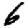
Digit: 6